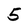
Character: 5